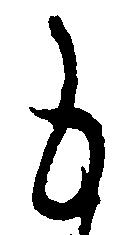
も